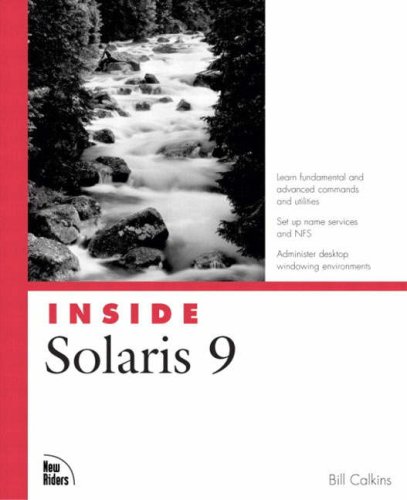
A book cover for Inside Solaris 9; Bill Calkins; Computers & Technology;